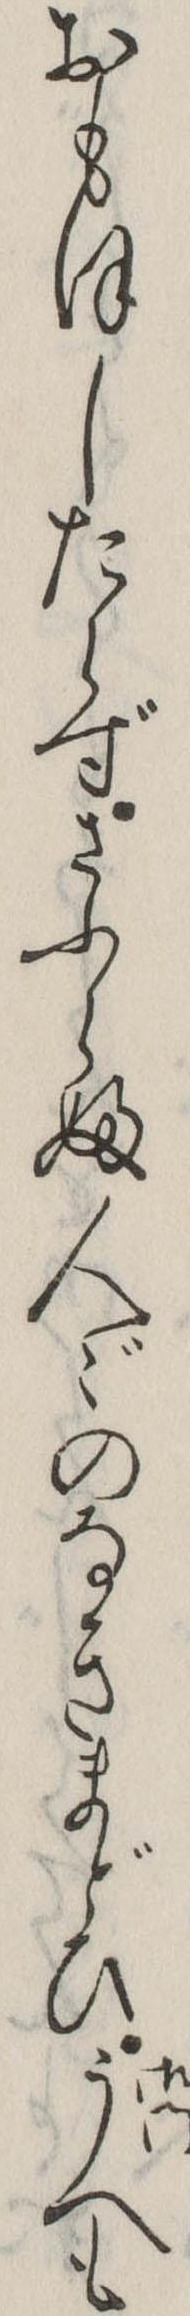
おもほしたらずさふらふ人々のなきまどひうへも